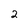
Character: 2